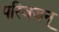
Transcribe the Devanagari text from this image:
परिवजन्